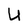
Character: U